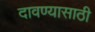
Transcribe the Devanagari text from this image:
दावण्यासाठी